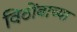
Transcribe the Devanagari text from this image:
विठोंबाच्या